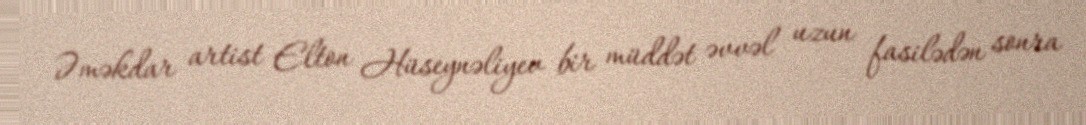
Əməkdar artist Elton Hüseynəliyev bir müddət əvvəl uzun fasilədən sonra